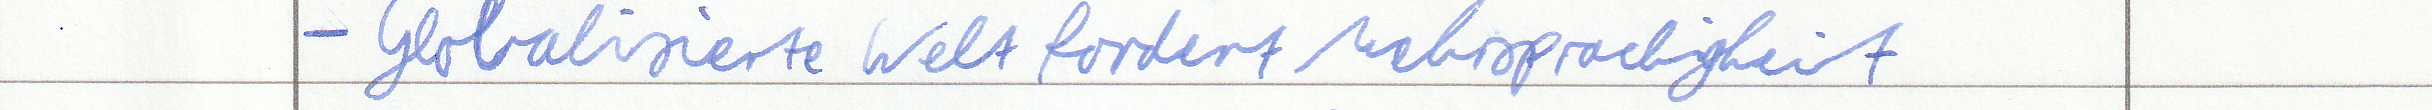
- Globalisierte Welt fordert Mehrsprachigkeit